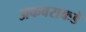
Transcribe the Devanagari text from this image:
अकबराकडे